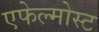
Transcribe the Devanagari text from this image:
एफेल्मोस्ट